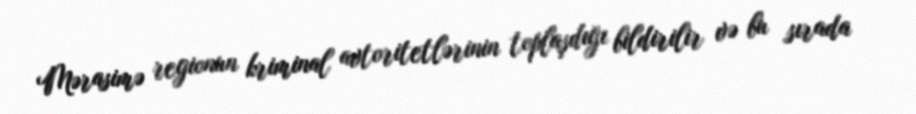
Mərasimə regionun kriminal avtoritetlərinin toplaşdığı bildirilir və bu sırada